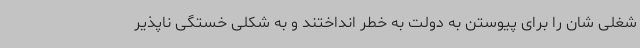
شغلی شان را برای پیوستن به دولت به خطر انداختند و به شکلی خستگی ناپذیر